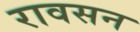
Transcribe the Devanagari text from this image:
रावसन